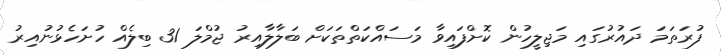
ފުރަތަމަ ދައުރުގައި މަޖިލީހުން ކޮށްފައިވާ މަސައްކަތްތަކަށް ބަލާލާއިރު ޖުމްލަ 31 ބިލެއް ހުށަހެޅުނުއިރު